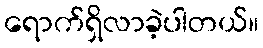
ရောက်ရှိလာခဲ့ပါတယ်။